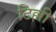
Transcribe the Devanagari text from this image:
टिल्ली